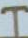
H